Report on vaccination in Madras 1922-1929 - 1922-1929
Year: 1922
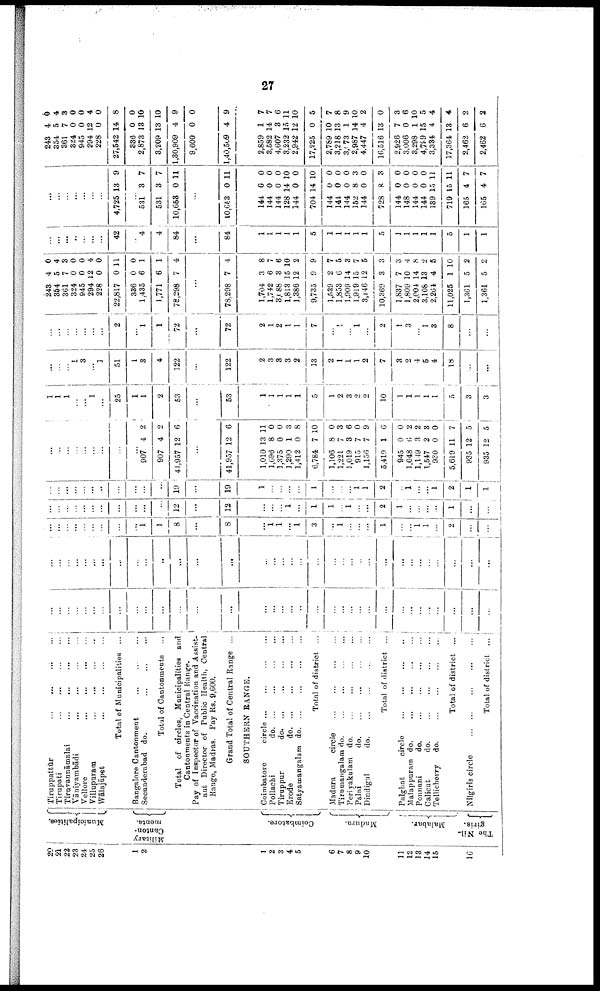
27
20
21
22
23
24
25
26
1
2
1
2
3
4
5
6
7
8
9
10
11
12
13
14
15
16
Municipalities.
Military
Canton
ments.
Coimbatore.
Madura.
Malabar.
The Nil¬
giris.
Tiruppattūr
...
...
...
...
Tirupati
...
...
...
...
Tiruvannāmalai
...
...
...
...
Vāniyambādi
...
...
...
...
Vellore
...
...
...
...
Villupuram
...
...
...
...
Wālajāpet
...
...
...
...
Total of Municipalities ...
Bangalore Cantonment ... ... ...
Secunderabad do. ... ... ...
Total of Cantonments ...
Total of circles, Municipalities and
Cantonments in Central Range.
Pay of Inspector of Vaccination and Assist
ant Director of Public Health, Central
Range, Madras. Pay Rs. 9,600.
Grand Total of Central Range ...
SOUTHERN RANGE.
Coimbatore
circle ... ... ... ...
Pollachi
d
o
. ... ... ... ...
Tiruppur
do.
...
...
...
...
Erode
d
o
. ... ... ... ...
Satyamangalam d
o
. ... ... ... ...
Total of district ...
Madura
circle
...
...
...
...
Tirumangalam do. ... ... ... ...
Periyakulam do. ... ... ... ...
Palni
d
o
. ... ... ... ...
Dindigul
do. ... ... ... ...
Total of district ...
Palghat
circle
...
...
...
...
Malappuram do.
...
...
...
...
Ponnani
do.
...
...
...
...
Calicut
do.
...
...
...
...
Tellicherry
do.
...
...
...
...
Total of district ...
Nilgiris circle
...
...
...
...
Total of district ...
...
...
...
...
...
...
...
...
...
...
...
...
...
...
...
...
...
...
...
...
...
...
...
...
...
...
...
...
...
...
...
...
...
...
...
...
...
...
...
...
...
...
...
...
...
...
...
...
...
...
...
...
...
...
...
...
...
...
...
...
...
...
...
...
...
...
...
...
...
...
...
...
...
...
...
...
...
1
1
8
...
8
...
...
...
...
...
...
...
...
...
...
12
...
12
...
...
...
...
...
...
...
...
...
...
19
...
19
...
1
1
...
1
3
...
1
...
...
...
1
...
...
1
1
...
2
...
...
...
...
...
1
...
1
1
...
1
...
...
2
1
...
...
...
...
1
...
...
1
...
...
...
...
1
...
...
...
1
1
2
...
1
...
...
1
2
1
1
...
...
...
...
...
...
...
...
...
907
907
41,957
4
4
12
2
2
6
...
41,957 12 6
1,010
1,696
1,375
1,290
1,412
6,784
1,106
1,221
1,019
915
1,156
5,419
945
1,048
1,149
1,547
930
5,619
935
935
13
8
0
1
0
7
8
7
3
7
7
1
0
6
3
2
0
11
12
12
11
0
0
3
8
10
0
3
6
0
9
6
0
2
2
3
0
7
5
5
1
1
1
...
...
1
...
25
1
1
2
53
...
53
1
1
1
1
1
5
1
2
3
2
2
10
1
1
1
1
1
5
3
3
...
...
...
1
3
...
1
51
1
3
4
122
...
122
2
3
3
3
2
13
2
1
1
1
2
7
3
2
4
5
4
18
...
...
...
...
...
...
...
...
...
2
...
1
1
72
...
72
2
1
2
1
1
7
...
1
...
1
...
2
1
3
...
1
3
8
...
...
243
354
361
324
945
294
228
22,817
336
1,435
1,771
78,298
...
78,298
4
5
7
0
0
12
0
0
0
6
6
7
...
7
0
4
3
0
0
4
0
11
0
1
1
4
...
4
1,704
1,742
3,088
1,813
1,386
9,735
1,539
1,853
1,909
1,919
3,146
10,369
1,837
1,809
2,004
3,108
2,264
11,025
1,361
1,361
3
6
3
15
12
9
2
6
14
15
12
3
7
10
14
13
4
1
5
5
8
7
6
10
2
9
7
5
3
7
5
3
3
4
8
2
5
10
2
2
...
...
...
...
...
...
...
42
...
4
4
84
...
84
1
1
1
1
1
5
1
1
1
1
1
5
1
1
1
1
1
5
1
1
...
...
...
...
...
...
...
4,725 13 9
...
531
531
10,653
3
3
0
7
7
11
...
10,653 0 11
144
144
144
128
144
704
144
144
144
152
144
728
144
148
144
144
139
719
165
165
0
0
0
14
0
14
0
0
0
8
0
8
0
0
0
0
15
15
4
4
0
0
0
10
0
10
0
0
0
3
0
3
0
0
0
0
11
11
7
7
243
354
361
324
945
294
228
27,542
336
2,873
3,209
1,30,909
9,600
l,40,509
4
5
7
0
0
12
0
14
0
13
13
4
0
4
6
4
3
0
0
4
0
8
0
10
10
9
0
9
2,859
3,582
4,607
3,232
2,942
17,225
2,789
3,218
3,173
2,987
4,447
16,516
2,926
3,006
3,298
4,799
3,334
17,364
2,462
2,462
1
14
3
15
12
0
10
13
1
14
4
13
7
0
1
15
4
13
6
6
7
7
6
11
10
5
7
8
9
10
2
0
3
6
10
5
4
4
2
2